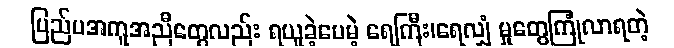
ပြည်ပအကူအညီတွေလည်း ရယူခဲ့ပေမဲ့ ရေကြီး၊ရေလျှံ မှုတွေကြုံလာရတဲ့